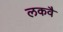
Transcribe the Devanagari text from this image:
लकवै